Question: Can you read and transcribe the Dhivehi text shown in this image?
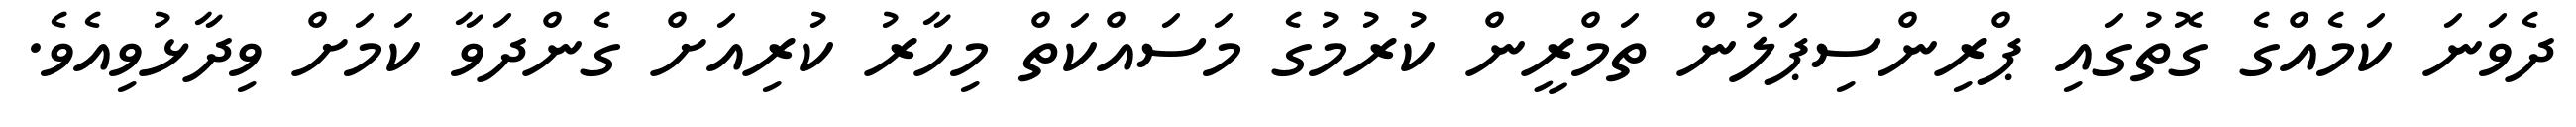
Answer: ދެވަނަ ކަމެއްގެ ގޮތުގައި ޕްރިންސިޕަލުން ތަމްރީން ކުރުމުގެ މަސައްކަތް މިހާރު ކުރިއަށް ގެންދަވާ ކަމަށް ވިދާޅުވިއެވެ.